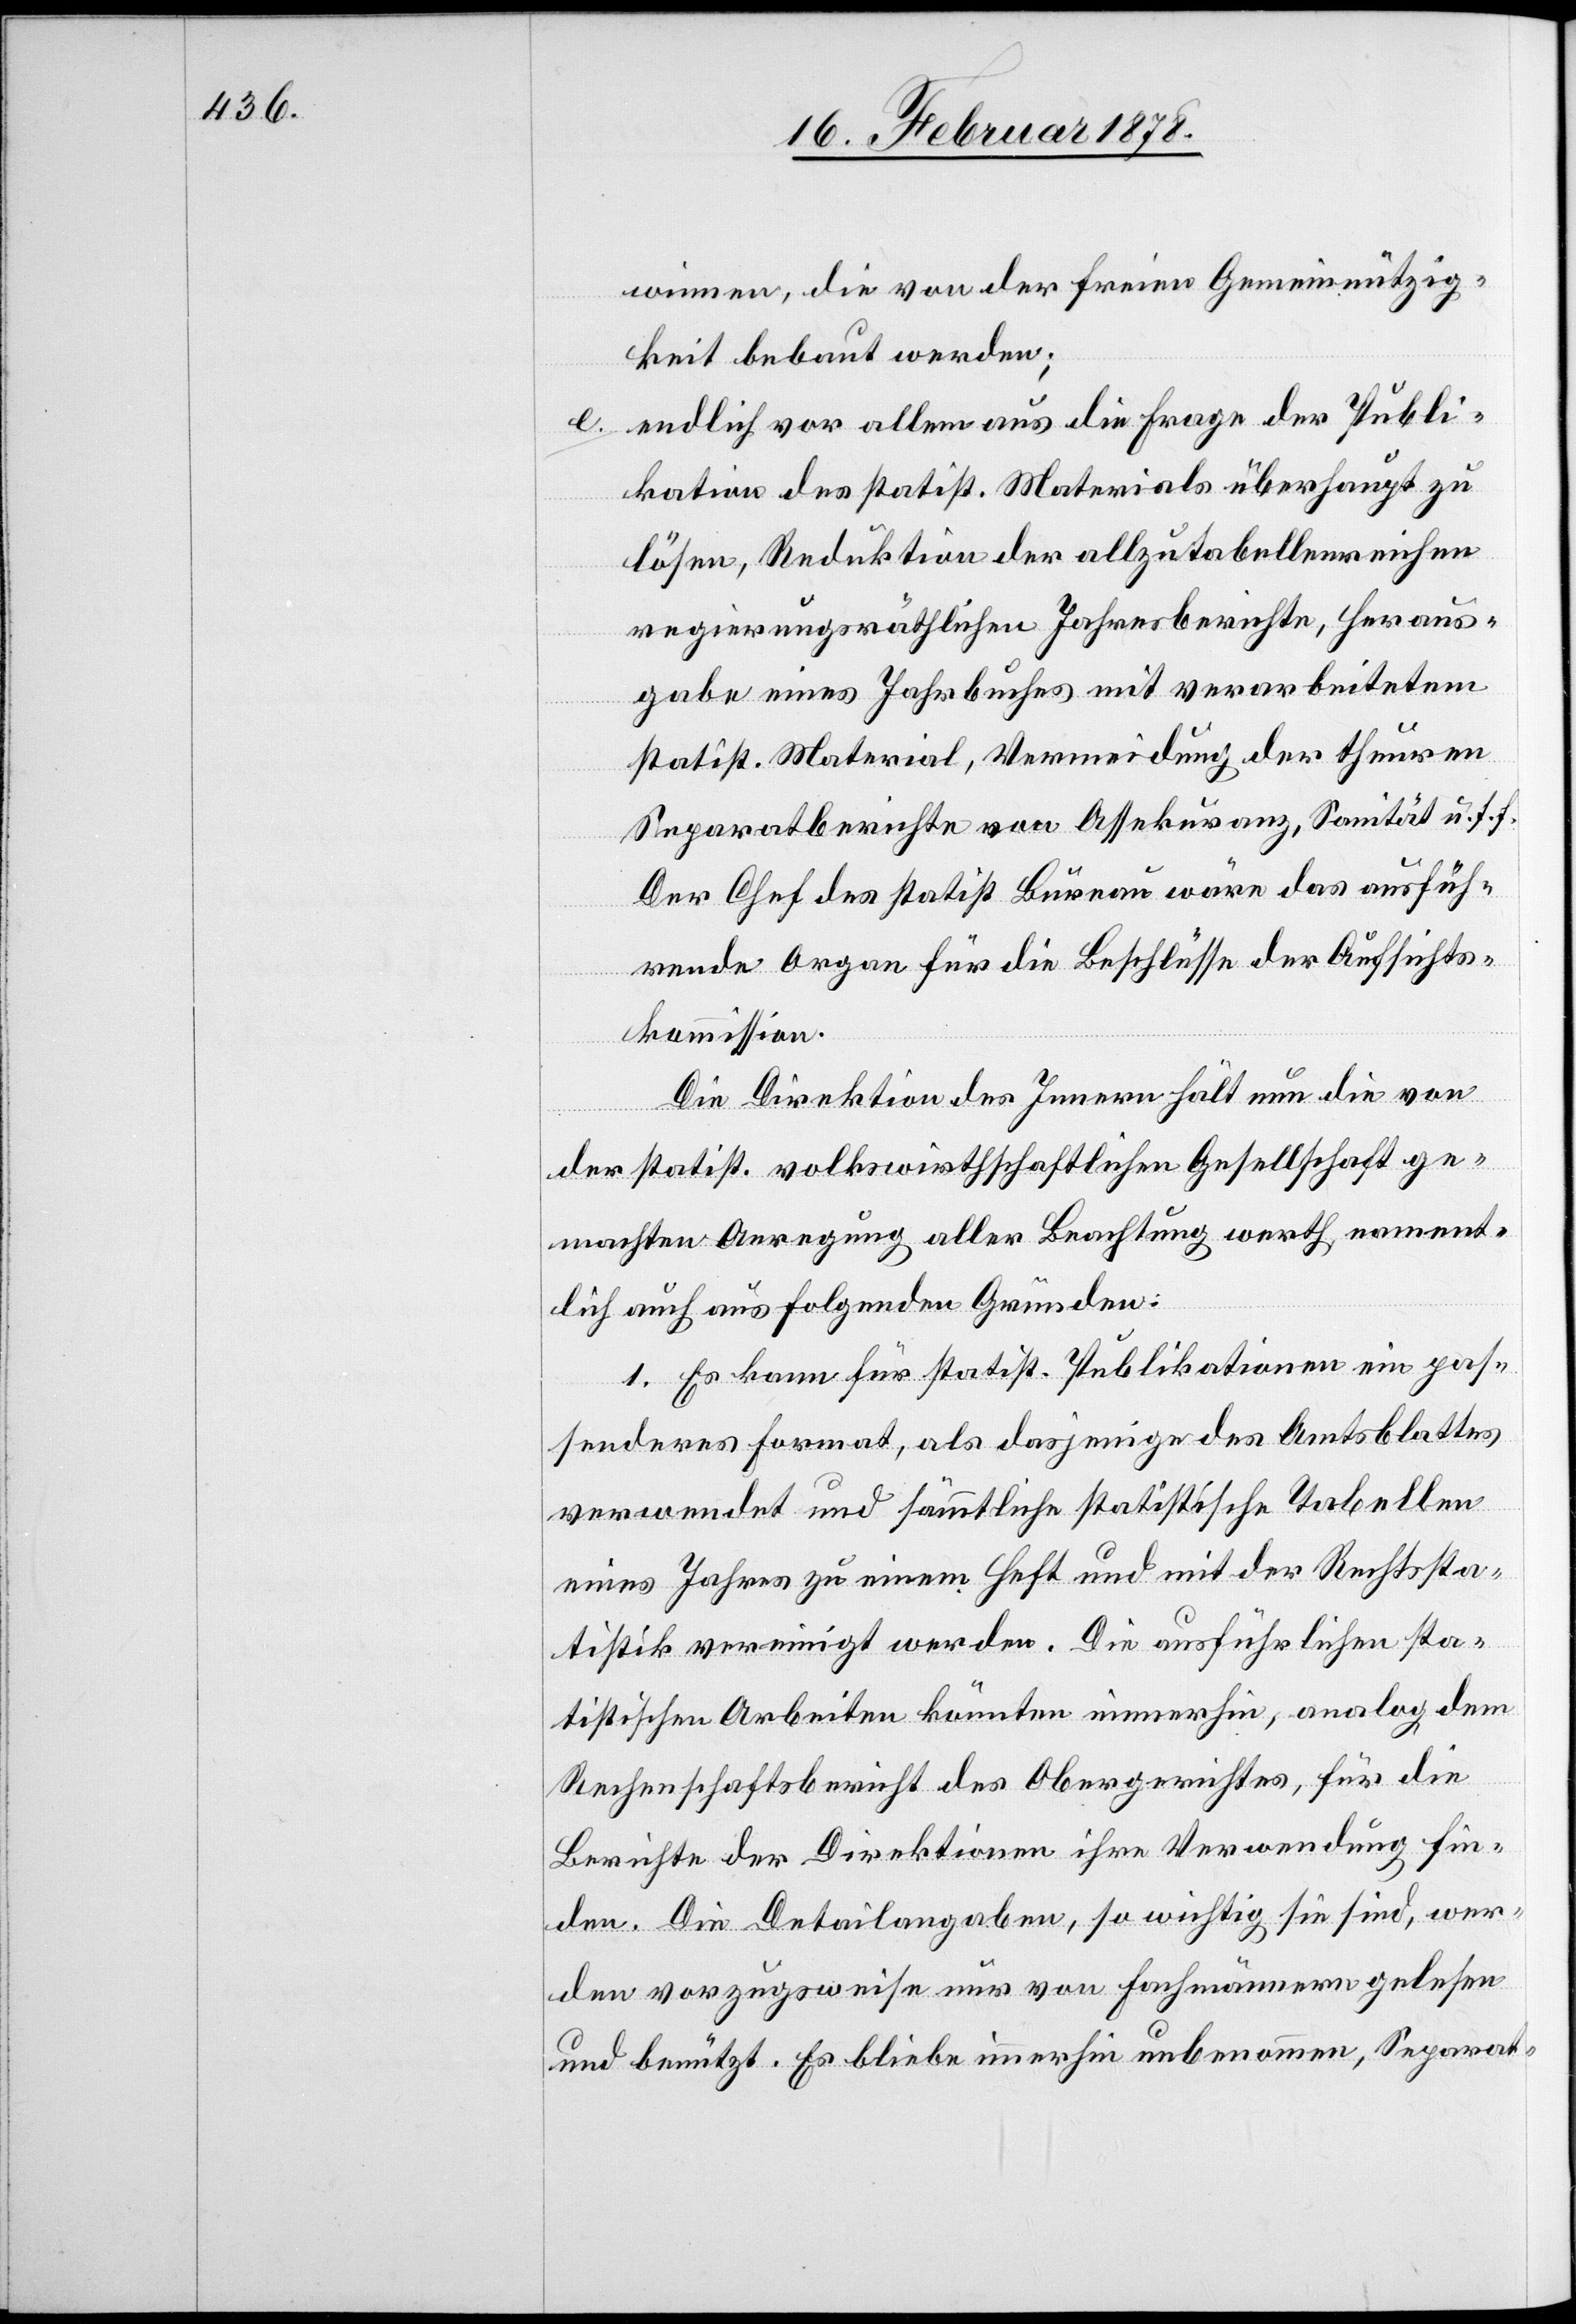
winnen, die von der freien Gemeinnützig¬
keit bebaut werden;
e. endlich vor allem aus die Frage der Publi¬
kation des statist. Materials überhaupt zu
lösen, Reduktion der allzu tabellenreichen
regierungsräthlichen Jahresberichte, Heraus¬
gabe eines Jahrbuches mit verarbeitetem
statist. Material, Vermeidung der theuren
Separatberichte von Assekuranz, Sanität u. s. f.
Der Chef des statist. Büreau wäre das ausfüh¬
rende Organ für die Beschlüsse der Aufsichts¬
kommission.
Die Direktion des Innern hält nun die von
der statist. volkswirthschaftlichen Gesellschaft ge¬
machten Anregung aller Beachtung werth, nament¬
lich auch aus folgenden Gründen:
1. Es kann für statist. Publikationen ein pas¬
senderes Format, als dasjenige des Amtsblattes
verwendet und sämmtliche statistische Tabellen
eines Jahres zu einem Heft und mit der Rechtssta¬
tistik vereinigt werden. Die ausführlichen sta¬
tistischen Arbeiten können immerhin, analog dem
Rechenschaftsbericht des Obergerichtes, für die
Berichte der Direktionen ihre Verwendung fin¬
den. Die Detailangaben, so wichtig sie sind, wer¬
den vorzugsweise nur von Fachmännern gelesen
und benützt. Es bliebe immerhin unbenommen, Separat-